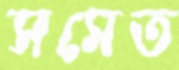
সমেত